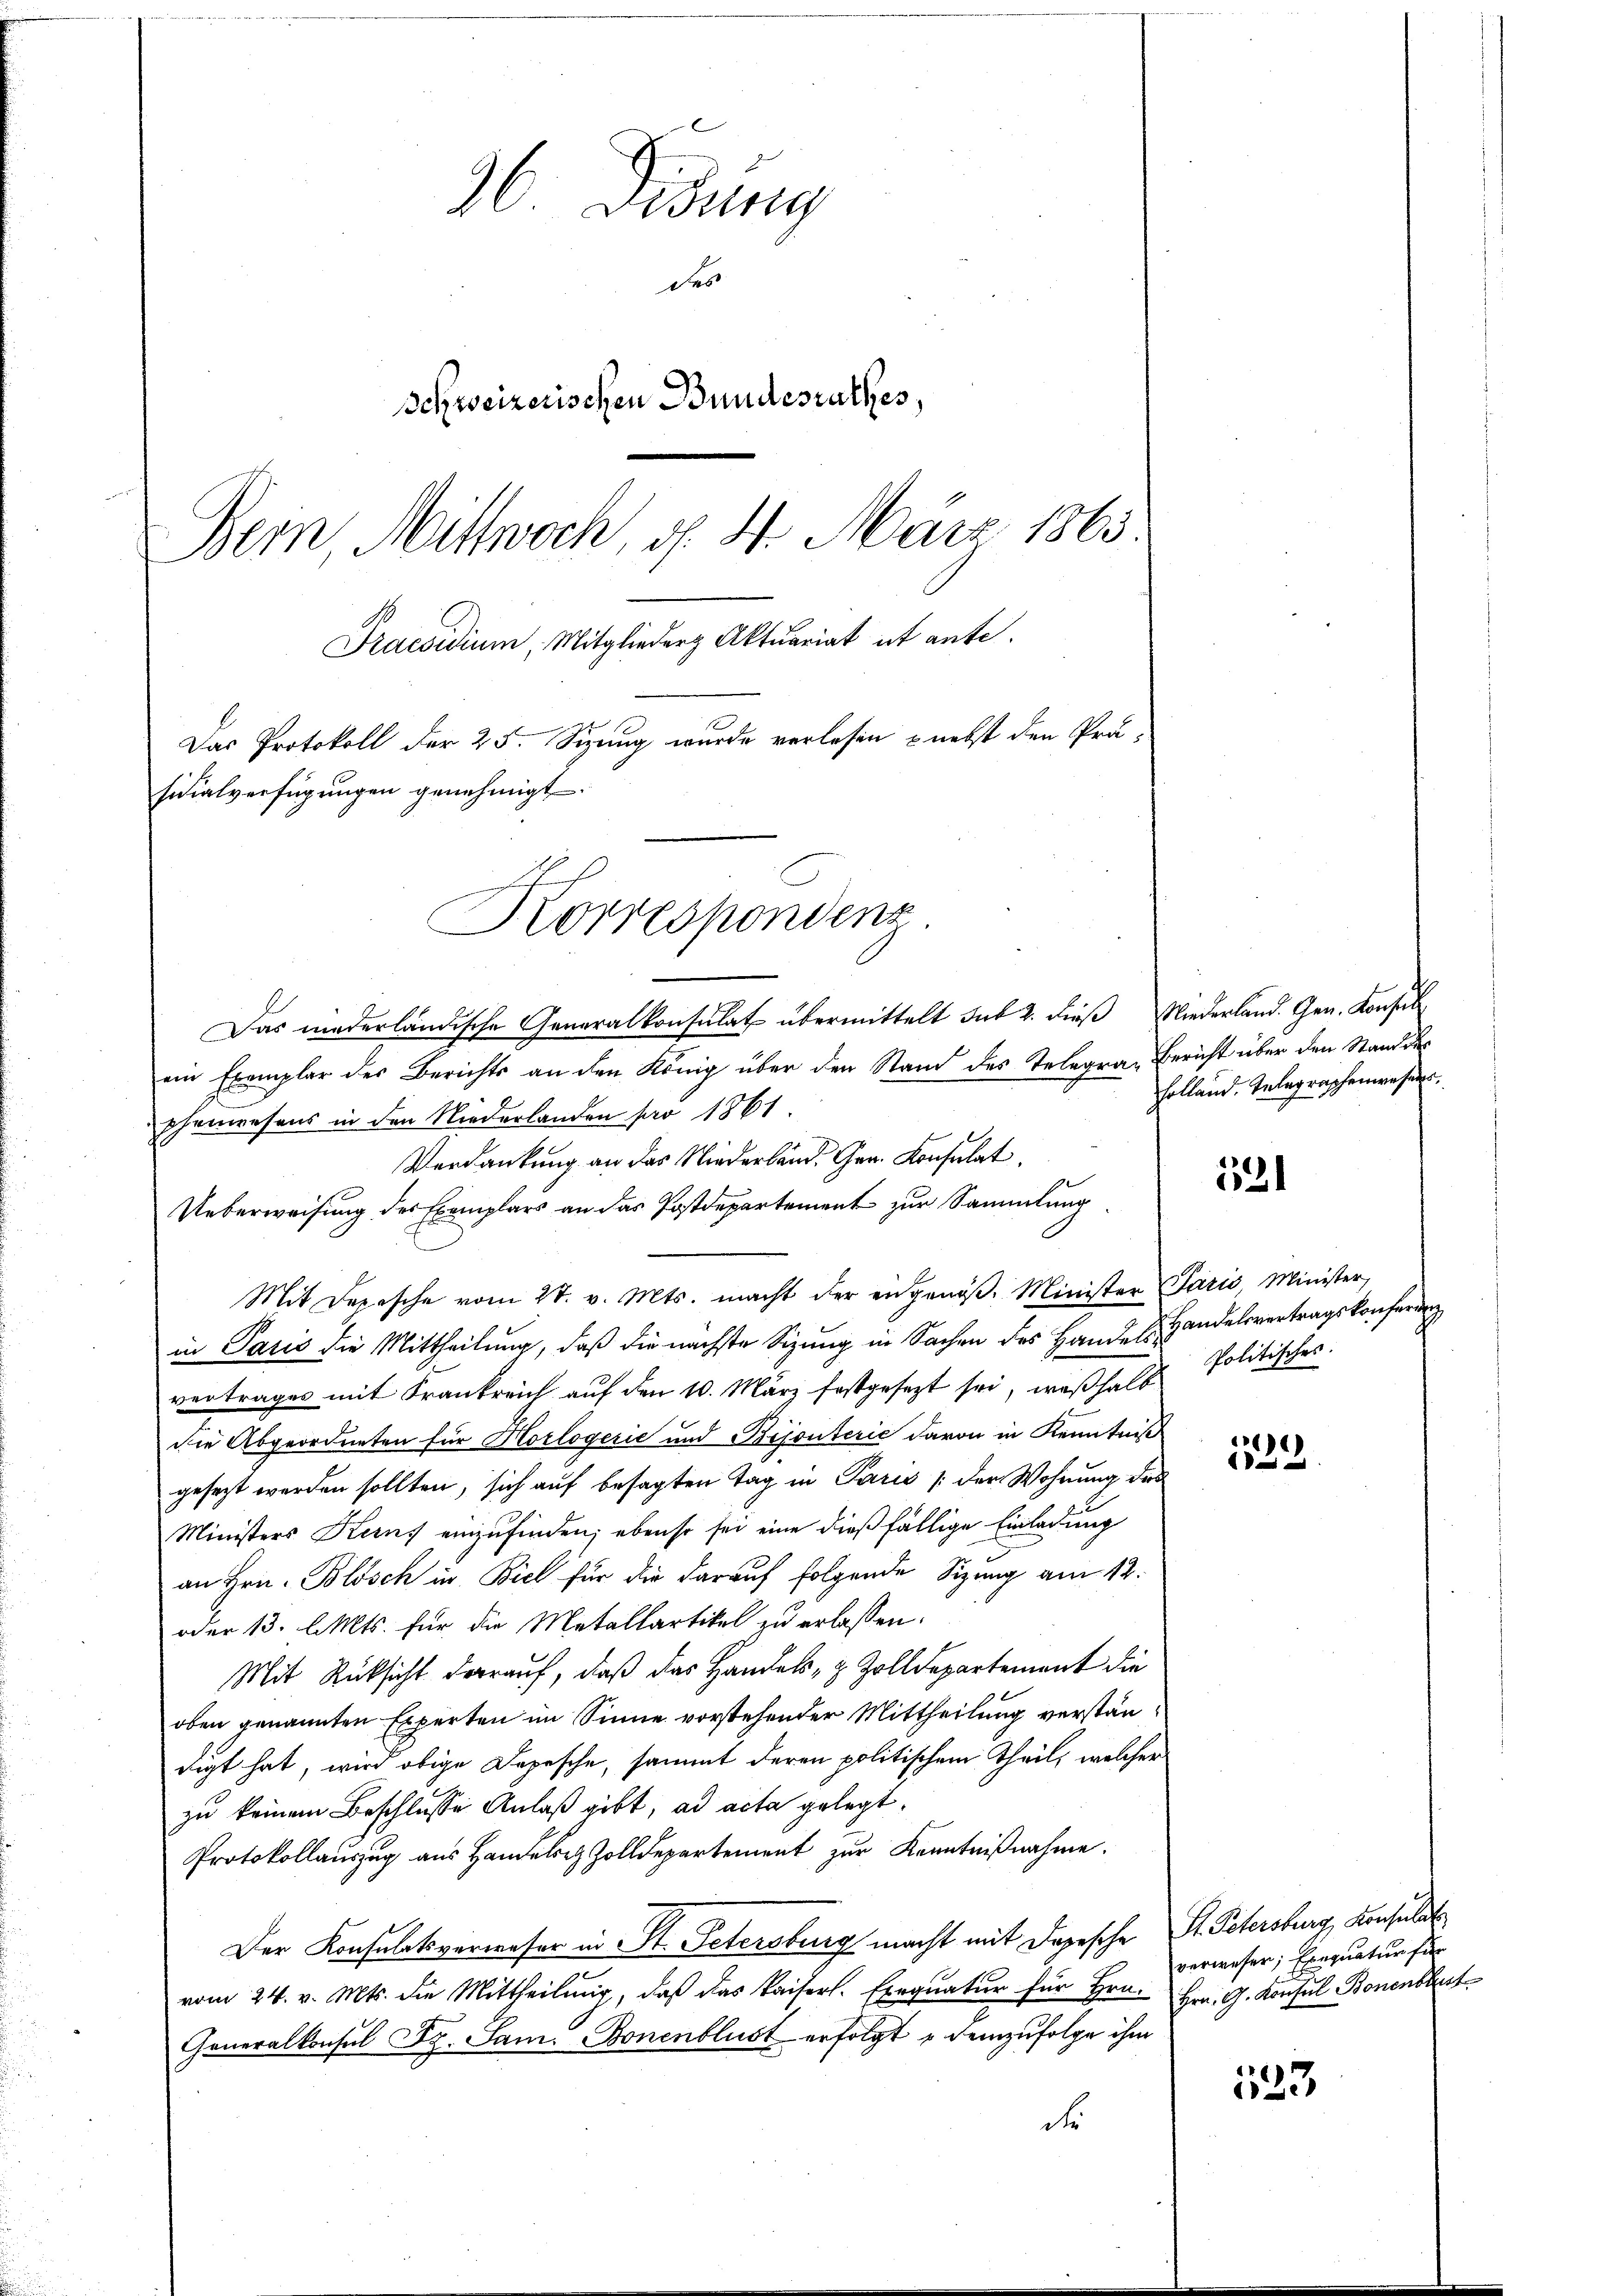
36 Didung
des
Schweizerischen Bundesrathes,
Bein Mittwoch, d. 4. März 1863.
Praesidium, Mitglieder Aktuariat et ante.
Das Protokoll der 25. Sizung wurde verlesen nebst den Prä-
sidialverfügungen genehmigt.

Korrespondens

ein Exemplar des Berichts an den König über den Stand des Telegra-Bericht über den Stand der
phenwesens in den Niederlanden par 1861.
Verdankung an das Niederland. Gen. Konsulat
Ueberweisung des Exemplars an das Postdepartement zur Sammlung
Mit Depesche vom 28. v. Mts. macht der engenöβ- Minister Paris Minister,
in Paris die Mittheilung, daß die nächste Sizung in Sachen des Handel. Handelsvertragskonferen
vertrages mit Frankreich auf den 10. März festgesezt sei, weßhalb Politisches
Die Abgeordneten für Horlogerie und Bijouterić davon in Kenntniß
gesezt werden sollten, sich auf besagten Tag in Paris (der Wohnung dies
Ministers Kerns einzufinden; ebenso sei eine dießfällige Einladung
an Hrn. Blösch in Biel für die darauf folgende Sizung am 12.
oder 13. l. Mts. für die Metallartikel zu erlassen:
Mit Rücksicht darauf, daß das Handels- & Zolldepartement die
oben genannten Experten im Sinne vorstehender Mittheilung verständigt hat, wird obige Depesche, sammt deren politischem Theil, welcher
zu keinem Beschlusse Anlaß gibt, ad acta gelegt.
Protokollauszug aus Handele Zolldepartement zŭr Kenntniβnahme.
Der Konsulatsverweser in St. Petersburg macht mit Depesche
vom 24. v. Mts. die Mittheilung, daß das kaiserl. Exequatur für Hrn.
Generalkonsul Dr. Sam. Bonenblust erfolgt u demzufolge ihm
d

Das niederländische Generalkonsulat übermittelt sub 2. dieß Niederland. Gen. Konsul

Holland. Telegraphenwesens

1531

)
d

St. Petersburg, Konsulat
verwesen; Exequatur für
Hrn. G. Konsul Bonenbaut

123